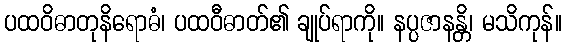
ပထဝိဓာတုနိရောဓံ၊ ပထဝီဓာတ်၏ ချုပ်ရာကို။ နပ္ပဇာနန္တိ၊ မသိကုန်။